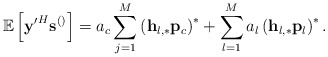
\begin{align*} \mathbb{E}\left[\mathbf{y'}^H\mathbf{s}^{\left(\right)}\right]=a_c\sum_{j=1}^{M}\left(\mathbf{h}_{l,*}\mathbf{p}_c\right)^{*}+\sum_{l=1}^M a_l \left(\mathbf{h}_{l,*}\mathbf{p}_l\right)^{*}.\end{align*}